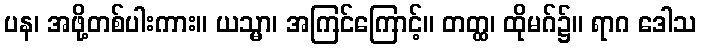
ပန၊ အဖို့တစ်ပါးကား။ ယသ္မာ၊ အကြင်ကြောင့်။ တတ္ထ၊ ထိုမဂ်၌။ ရာဂ ဒေါသ